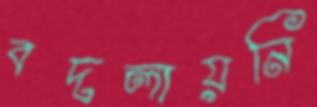
বদলায়নি